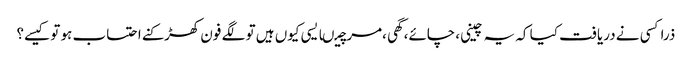
ذراکسی نے دریافت کیا کہ یہ چینی ،چائے،گھی ،مرچیںایسی کیوں ہیں تو لگے فون کھڑکنے احتساب ہو تو کیسے؟